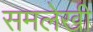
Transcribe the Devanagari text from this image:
समलेखी